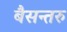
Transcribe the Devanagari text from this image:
बैसन्तरु